Report on sanitation, dispensaries, and jails in Rajputana for 1914, and on vaccination for the year 1914-1915 - 1914-1915
Year: 1914
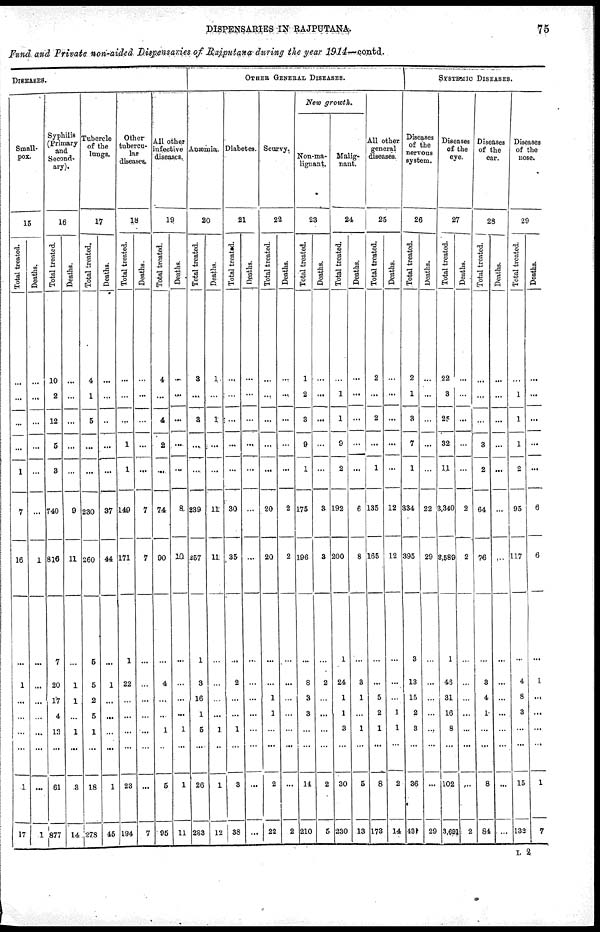
DISPENSARIES IN RAJPUTANA.
75
Fund and Private non-aided Dispensaries of Rajputana during the year 1914—contd.
DISEASES.
Small¬
pox.
15
Total treated.
...
...
...
...
1
7
16
...
1
...
...
...
...
1
17
Deaths.
...
...
...
...
...
...
1
...
...
...
...
...
...
...
1
Syphilis
(Primary
and
Second-
ary).
16
Total treated.
10
2
12
5
3
740
816
7
20
17
4
13
...
61
877
Deaths.
...
...
...
...
...
9
11
...
1
1
...
1
...
3
14
Tubercle
of the
lungs.
17
Total treated.
4
1
5
...
...
230
260
5
5
2
5
1
...
18
278
Deaths.
...
...
...
...
...
37
44
...
1
...
...
...
...
1
45
Other
tubercu-
lar
diseases.
18
Total treated.
...
...
...
1
1
149
171
1
22
...
...
...
...
23
194
Deaths.
...
...
...
...
...
7
7
...
...
...
...
...
...
...
7
All other
infective
diseases
19
Total treated.
4
...
4
2
...
74
90
...
4
...
...
1
...
5
95
Deaths.
...
...
...
...
...
8
10
...
...
...
...
1
...
1
11
OTHER GENERAL DISEASES.
Anæmia.
20
Total treated.
8
...
3
...
...
239
257
1
3
16
1
5
...
26
283
Deaths.
1
...
1
...
...
11
11
...
...
...
...
1
...
1
12
Diabetes.
21
Total treated.
...
...
...
...
...
30
35
...
2
...
...
1
...
8
38
Deaths.
...
...
...
...
...
...
...
...
...
...
...
...
...
...
...
Scurvy.
22
Total treated.
...
...
...
...
...
20
20
...
...
1
1
...
...
2
22
Deaths.
...
...
...
...
...
2
2
...
...
...
...
...
...
...
2
New growth.
Non-ma¬
lignant.
23
Total treated.
1
2
3
9
1
175
196
...
8
3
3
...
...
14
210
Deaths.
...
...
...
...
...
3
3
...
2
...
...
...
...
2
5
Malig-
nant.
24
Total treated.
...
1
1
9
2
192
200
1
24
1
1
3
...
30
230
Deaths.
...
...
...
...
...
6
8
...
3
1
...
1
...
5
13
All other
general
diseases.
25
Total treated.
2
...
2
...
1
135
165
...
...
5
2
1
...
8
178
Deaths.
...
...
...
...
...
12
12
...
...
...
1
1
...
2
14
SYSTEMIC DISEASES.
Diseases
of the
nervous
system.
26
Total treated.
2
1
8
7
1
334
395
3
13
15
2
3
...
36
431
Deaths.
...
...
...
...
...
22
29
...
...
...
...
...
...
...
29
Diseases
of the
eye.
27
Total treated.
22
3
25
32
11
3,340
8,589
1
46
31
16
8
...
102
3,691
Deaths.
...
...
...
...
...
2
2
...
...
...
...
...
...
...
2
Diseases
of the
ear.
28
Total treated.
...
...
...
3
2
64
76
...
3
4
1
...
...
8
84
Deaths.
...
...
...
...
...
...
...
...
...
...
...
...
...
...
Diseases
of the
nose.
29
Total treated.
...
1
1
1
2
95
117
...
4
8
3
...
...
15
132
Deaths.
...
...
...
...
...
6
6
...
1
...
...
...
...
1
7
L 2